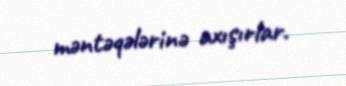
məntəqələrinə axışırlar.